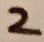
Text: 2